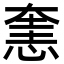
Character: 㥣